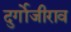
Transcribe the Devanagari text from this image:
दुर्गोजीराव